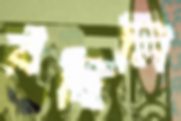
রহিলি